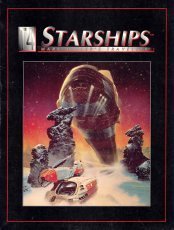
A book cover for Starships: Traveller Role Playing Game; Marc Miller; Science Fiction & Fantasy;